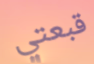
قبعتي